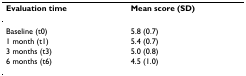
<table><thead><tr><td><b>Evaluation time</b></td><td><b>Mean score (SD)</b></td></tr></thead><tbody><tr><td>Baseline (t0)</td><td>5.8 (0.7)</td></tr><tr><td>1 month (t1)</td><td>5.4 (0.7)</td></tr><tr><td>3 months (t3)</td><td>5.0 (0.8)</td></tr><tr><td>6 months (t6)</td><td>4.5 (1.0)</td></tr></tbody></table>